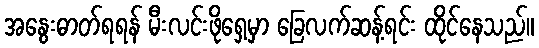
အနွေးဓာတ်ရရန် မီးလင်းဖိုရှေ့မှာ ခြေလက်ဆန့်ရင်း ထိုင်နေသည်။